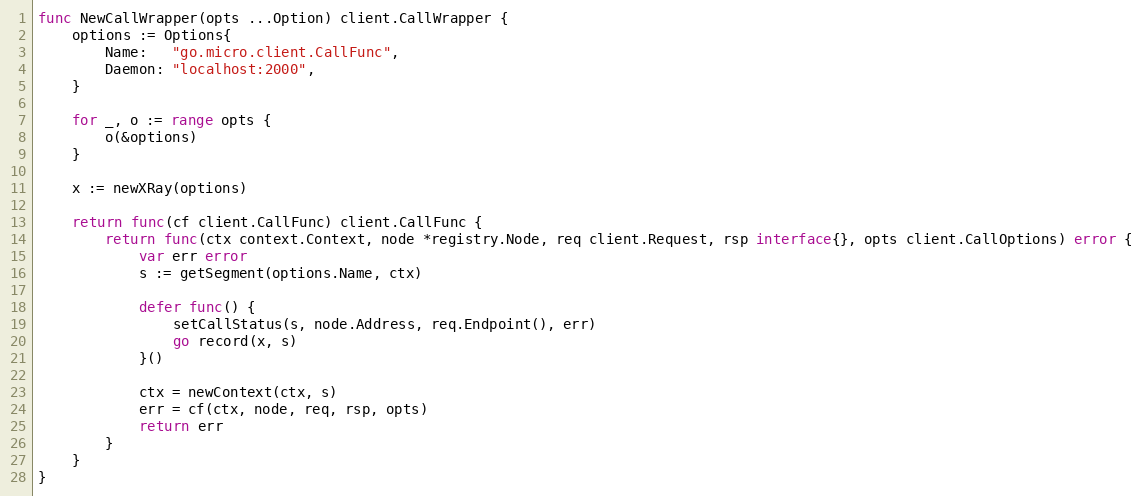
Language: Go
func NewCallWrapper(opts ...Option) client.CallWrapper {
	options := Options{
		Name:   "go.micro.client.CallFunc",
		Daemon: "localhost:2000",
	}

	for _, o := range opts {
		o(&options)
	}

	x := newXRay(options)

	return func(cf client.CallFunc) client.CallFunc {
		return func(ctx context.Context, node *registry.Node, req client.Request, rsp interface{}, opts client.CallOptions) error {
			var err error
			s := getSegment(options.Name, ctx)

			defer func() {
				setCallStatus(s, node.Address, req.Endpoint(), err)
				go record(x, s)
			}()

			ctx = newContext(ctx, s)
			err = cf(ctx, node, req, rsp, opts)
			return err
		}
	}
}